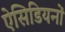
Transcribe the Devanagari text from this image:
ऐसिडियनों